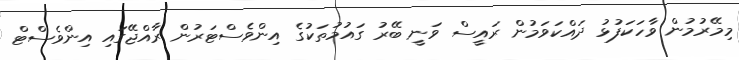
މިމޭރުމުން ވާހަކަފުޅު ދައްކަވަމުން ރައީސް ވަނީ ބޭރު ގައުމުތަކުގެ އިންވެސްޓަރުން ރާއްޖޭގައި އިންވެސްޓް